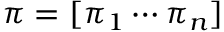
\pi = [ \pi _ { 1 } \cdots \pi _ { n } ]